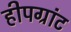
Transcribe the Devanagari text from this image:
हीपग्रांट